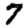
Digit: 7